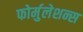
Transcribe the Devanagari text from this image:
फोर्मुलेशन्स